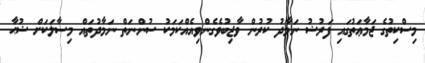
މިސްކިތުގެ ޖަމާޢަތުގައި ފަރުޟު ނަމާދު ކުރުން ވާޖިބުވެގެންވިއެއްކަމަކު ސުންނަތް ނަމާދުތައް މިސާލަކަށް ޟުޙާ